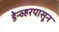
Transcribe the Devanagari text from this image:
डेन्व्हरपासून